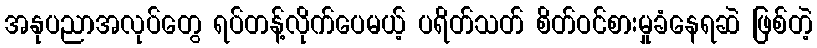
အနုပညာအလုပ်တွေ ရပ်တန့်လိုက်ပေမယ့် ပရိတ်သတ် စိတ်ဝင်စားမှုခံနေရဆဲ ဖြစ်တဲ့